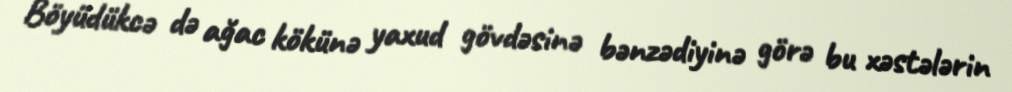
Böyüdükcə də ağac kökünə yaxud gövdəsinə bənzədiyinə görə bu xəstələrin